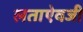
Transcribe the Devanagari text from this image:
लताऐवजी